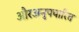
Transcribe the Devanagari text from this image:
औरअनुपचारित